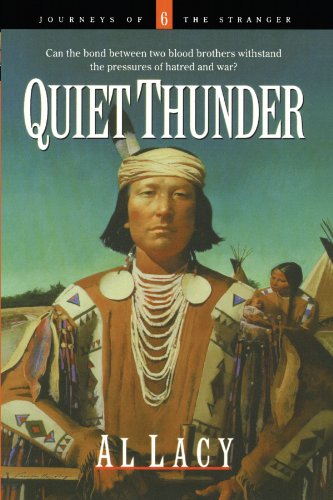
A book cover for Quiet Thunder (Journeys of the Stranger #6); Al Lacy; Christian Books & Bibles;